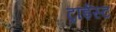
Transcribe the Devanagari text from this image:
ट्राईस्ट